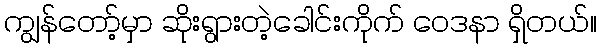
ကျွန်တော့်မှာ ဆိုးရွားတဲ့ခေါင်းကိုက် ဝေဒနာ ရှိတယ်။